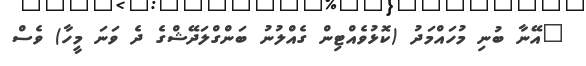
"އޭނާ ބުނި މުހައްމަދު (ކޮޅުވެއްޓިން ގެއްލުނު ބަންގްލަދޭޝްގެ ދެ ވަނަ މީހާ) ވެސް